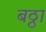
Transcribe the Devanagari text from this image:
बठ्ठा